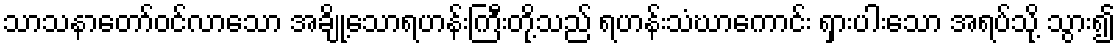
သာသနာတော်ဝင်လာသော အချို့သောရဟန်းကြီးတို့သည် ရဟန်းသံဃာကောင်း ရှားပါးသော အရပ်သို့ သွား၍